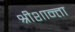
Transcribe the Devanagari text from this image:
श्रीशान्ता